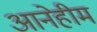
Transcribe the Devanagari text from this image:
आनेहीम